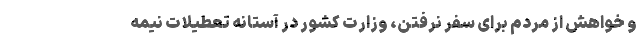
و خواهش از مردم برای سفر نرفتن، وزارت کشور در آستانه تعطیلات نیمه